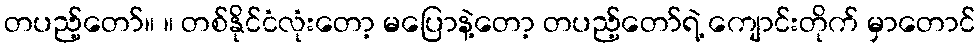
တပည့်တော်။ ။ တစ်နိုင်ငံလုံးတော့ မပြောနဲ့တော့ တပည့်တော်ရဲ့ ကျောင်းတိုက် မှာတောင်